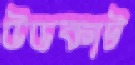
উডকাট